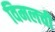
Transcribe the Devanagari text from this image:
विमलची